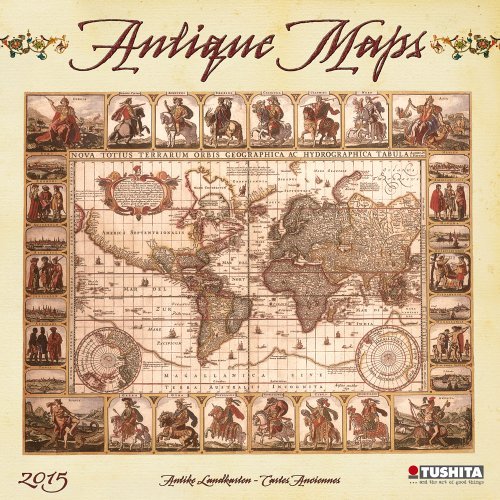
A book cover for By Tushita Publishing Antique Maps (Media Illustration) (150201) [Calendar]; Calendars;